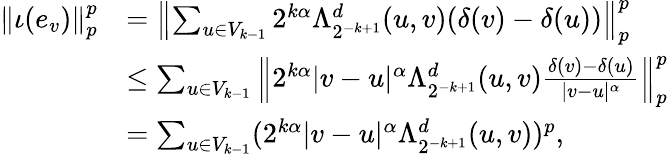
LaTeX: \begin{array}{rl}{\left\Vert\iota(e_{v})\right\Vert_{p}^{p}}&{=\left\Vert\sum_{u\in V_{k-1}}2^{k\alpha}\Lambda_{2^{-k+1}}^{d}(u,v)(\delta(v)-\delta(u))\right\Vert_{p}^{p}}\\ &{\leq\sum_{u\in V_{k-1}}\left\Vert 2^{k\alpha}|v-u|^{\alpha}\Lambda_{2^{-k+1}}^{d}(u,v)\frac{\delta(v)-\delta(u)}{|v-u|^{\alpha}}\right\Vert_{p}^{p}}\\ &{=\sum_{u\in V_{k-1}}(2^{k\alpha}|v-u|^{\alpha}\Lambda_{2^{-k+1}}^{d}(u,v))^{p}\mathrm{,}}\end{array}